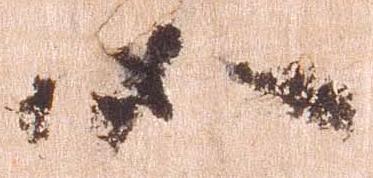
如